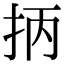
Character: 抦